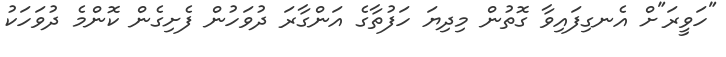
"ހަވީރަ"ށް އެނގިފައިވާ ގޮތުން މިދިޔަ ހަފުތާގެ އަންގާރަ ދުވަހުން ފެށިގެން ކޮންމެ ދުވަހަކު